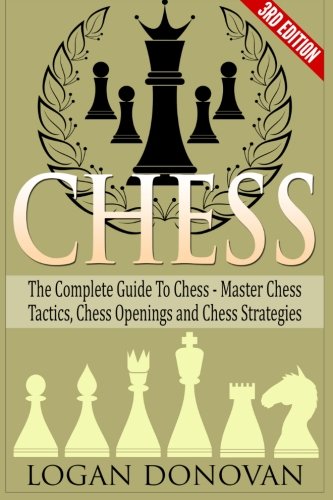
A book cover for Chess: The Complete Guide To Chess - Master: Chess Tactics, Chess Openings, and Chess Strategies; Logan Donovan; Humor & Entertainment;